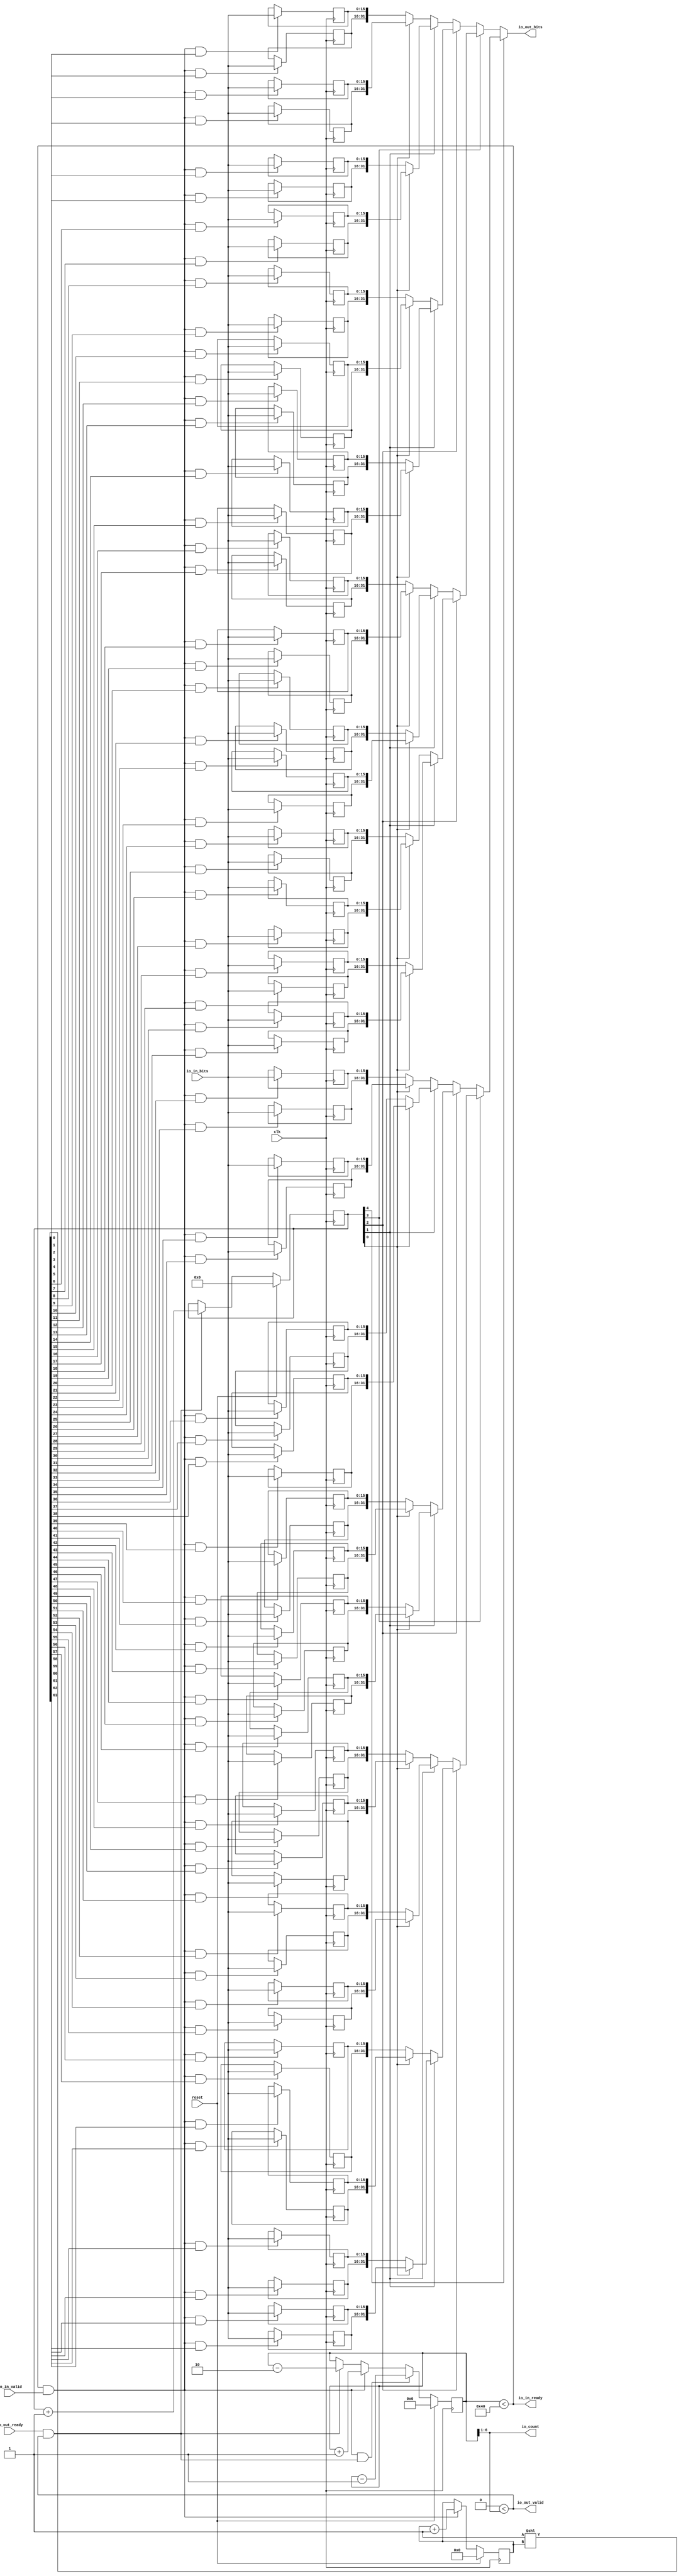
module MultiWidthFifo_0(input clk, input reset,
    output io_in_ready,
    input  io_in_valid,
    input [15:0] io_in_bits,
    input  io_out_ready,
    output io_out_valid,
    output[31:0] io_out_bits,
    output[5:0] io_count
);

  wire[5:0] T0;
  reg [6:0] R1;
  wire[6:0] T376;
  wire[6:0] T2;
  wire[6:0] T3;
  wire[6:0] T4;
  wire[6:0] T5;
  wire T6;
  wire[6:0] T7;
  wire T8;
  wire[6:0] T9;
  wire T10;
  wire T11;
  wire T12;
  wire[31:0] T13;
  wire[31:0] T14;
  wire[31:0] T15;
  wire[31:0] T16;
  wire[31:0] T17;
  wire[31:0] T18;
  reg [15:0] R19;
  wire[15:0] T20;
  wire T21;
  wire T22;
  wire[63:0] T23;
  wire[5:0] T24;
  reg [5:0] R25;
  wire[5:0] T377;
  wire[5:0] T26;
  wire[5:0] T27;
  wire T28;
  reg [15:0] R29;
  wire[15:0] T30;
  wire T31;
  wire T32;
  wire[31:0] T33;
  reg [15:0] R34;
  wire[15:0] T35;
  wire T36;
  wire T37;
  reg [15:0] R38;
  wire[15:0] T39;
  wire T40;
  wire T41;
  wire T42;
  wire[4:0] T43;
  reg [4:0] R44;
  wire[4:0] T378;
  wire[4:0] T45;
  wire[4:0] T46;
  wire T47;
  wire[31:0] T48;
  wire[31:0] T49;
  reg [15:0] R50;
  wire[15:0] T51;
  wire T52;
  wire T53;
  reg [15:0] R54;
  wire[15:0] T55;
  wire T56;
  wire T57;
  wire[31:0] T58;
  reg [15:0] R59;
  wire[15:0] T60;
  wire T61;
  wire T62;
  reg [15:0] R63;
  wire[15:0] T64;
  wire T65;
  wire T66;
  wire T67;
  wire T68;
  wire[31:0] T69;
  wire[31:0] T70;
  wire[31:0] T71;
  reg [15:0] R72;
  wire[15:0] T73;
  wire T74;
  wire T75;
  reg [15:0] R76;
  wire[15:0] T77;
  wire T78;
  wire T79;
  wire[31:0] T80;
  reg [15:0] R81;
  wire[15:0] T82;
  wire T83;
  wire T84;
  reg [15:0] R85;
  wire[15:0] T86;
  wire T87;
  wire T88;
  wire T89;
  wire[31:0] T90;
  wire[31:0] T91;
  reg [15:0] R92;
  wire[15:0] T93;
  wire T94;
  wire T95;
  reg [15:0] R96;
  wire[15:0] T97;
  wire T98;
  wire T99;
  wire[31:0] T100;
  reg [15:0] R101;
  wire[15:0] T102;
  wire T103;
  wire T104;
  reg [15:0] R105;
  wire[15:0] T106;
  wire T107;
  wire T108;
  wire T109;
  wire T110;
  wire T111;
  wire[31:0] T112;
  wire[31:0] T113;
  wire[31:0] T114;
  wire[31:0] T115;
  reg [15:0] R116;
  wire[15:0] T117;
  wire T118;
  wire T119;
  reg [15:0] R120;
  wire[15:0] T121;
  wire T122;
  wire T123;
  wire[31:0] T124;
  reg [15:0] R125;
  wire[15:0] T126;
  wire T127;
  wire T128;
  reg [15:0] R129;
  wire[15:0] T130;
  wire T131;
  wire T132;
  wire T133;
  wire[31:0] T134;
  wire[31:0] T135;
  reg [15:0] R136;
  wire[15:0] T137;
  wire T138;
  wire T139;
  reg [15:0] R140;
  wire[15:0] T141;
  wire T142;
  wire T143;
  wire[31:0] T144;
  reg [15:0] R145;
  wire[15:0] T146;
  wire T147;
  wire T148;
  reg [15:0] R149;
  wire[15:0] T150;
  wire T151;
  wire T152;
  wire T153;
  wire T154;
  wire[31:0] T155;
  wire[31:0] T156;
  wire[31:0] T157;
  reg [15:0] R158;
  wire[15:0] T159;
  wire T160;
  wire T161;
  reg [15:0] R162;
  wire[15:0] T163;
  wire T164;
  wire T165;
  wire[31:0] T166;
  reg [15:0] R167;
  wire[15:0] T168;
  wire T169;
  wire T170;
  reg [15:0] R171;
  wire[15:0] T172;
  wire T173;
  wire T174;
  wire T175;
  wire[31:0] T176;
  wire[31:0] T177;
  reg [15:0] R178;
  wire[15:0] T179;
  wire T180;
  wire T181;
  reg [15:0] R182;
  wire[15:0] T183;
  wire T184;
  wire T185;
  wire[31:0] T186;
  reg [15:0] R187;
  wire[15:0] T188;
  wire T189;
  wire T190;
  reg [15:0] R191;
  wire[15:0] T192;
  wire T193;
  wire T194;
  wire T195;
  wire T196;
  wire T197;
  wire T198;
  wire[31:0] T199;
  wire[31:0] T200;
  wire[31:0] T201;
  wire[31:0] T202;
  wire[31:0] T203;
  reg [15:0] R204;
  wire[15:0] T205;
  wire T206;
  wire T207;
  reg [15:0] R208;
  wire[15:0] T209;
  wire T210;
  wire T211;
  wire[31:0] T212;
  reg [15:0] R213;
  wire[15:0] T214;
  wire T215;
  wire T216;
  reg [15:0] R217;
  wire[15:0] T218;
  wire T219;
  wire T220;
  wire T221;
  wire[31:0] T222;
  wire[31:0] T223;
  reg [15:0] R224;
  wire[15:0] T225;
  wire T226;
  wire T227;
  reg [15:0] R228;
  wire[15:0] T229;
  wire T230;
  wire T231;
  wire[31:0] T232;
  reg [15:0] R233;
  wire[15:0] T234;
  wire T235;
  wire T236;
  reg [15:0] R237;
  wire[15:0] T238;
  wire T239;
  wire T240;
  wire T241;
  wire T242;
  wire[31:0] T243;
  wire[31:0] T244;
  wire[31:0] T245;
  reg [15:0] R246;
  wire[15:0] T247;
  wire T248;
  wire T249;
  reg [15:0] R250;
  wire[15:0] T251;
  wire T252;
  wire T253;
  wire[31:0] T254;
  reg [15:0] R255;
  wire[15:0] T256;
  wire T257;
  wire T258;
  reg [15:0] R259;
  wire[15:0] T260;
  wire T261;
  wire T262;
  wire T263;
  wire[31:0] T264;
  wire[31:0] T265;
  reg [15:0] R266;
  wire[15:0] T267;
  wire T268;
  wire T269;
  reg [15:0] R270;
  wire[15:0] T271;
  wire T272;
  wire T273;
  wire[31:0] T274;
  reg [15:0] R275;
  wire[15:0] T276;
  wire T277;
  wire T278;
  reg [15:0] R279;
  wire[15:0] T280;
  wire T281;
  wire T282;
  wire T283;
  wire T284;
  wire T285;
  wire[31:0] T286;
  wire[31:0] T287;
  wire[31:0] T288;
  wire[31:0] T289;
  reg [15:0] R290;
  wire[15:0] T291;
  wire T292;
  wire T293;
  reg [15:0] R294;
  wire[15:0] T295;
  wire T296;
  wire T297;
  wire[31:0] T298;
  reg [15:0] R299;
  wire[15:0] T300;
  wire T301;
  wire T302;
  reg [15:0] R303;
  wire[15:0] T304;
  wire T305;
  wire T306;
  wire T307;
  wire[31:0] T308;
  wire[31:0] T309;
  reg [15:0] R310;
  wire[15:0] T311;
  wire T312;
  wire T313;
  reg [15:0] R314;
  wire[15:0] T315;
  wire T316;
  wire T317;
  wire[31:0] T318;
  reg [15:0] R319;
  wire[15:0] T320;
  wire T321;
  wire T322;
  reg [15:0] R323;
  wire[15:0] T324;
  wire T325;
  wire T326;
  wire T327;
  wire T328;
  wire[31:0] T329;
  wire[31:0] T330;
  wire[31:0] T331;
  reg [15:0] R332;
  wire[15:0] T333;
  wire T334;
  wire T335;
  reg [15:0] R336;
  wire[15:0] T337;
  wire T338;
  wire T339;
  wire[31:0] T340;
  reg [15:0] R341;
  wire[15:0] T342;
  wire T343;
  wire T344;
  reg [15:0] R345;
  wire[15:0] T346;
  wire T347;
  wire T348;
  wire T349;
  wire[31:0] T350;
  wire[31:0] T351;
  reg [15:0] R352;
  wire[15:0] T353;
  wire T354;
  wire T355;
  reg [15:0] R356;
  wire[15:0] T357;
  wire T358;
  wire T359;
  wire[31:0] T360;
  reg [15:0] R361;
  wire[15:0] T362;
  wire T363;
  wire T364;
  reg [15:0] R365;
  wire[15:0] T366;
  wire T367;
  wire T368;
  wire T369;
  wire T370;
  wire T371;
  wire T372;
  wire T373;
  wire T374;
  wire T375;

`ifndef SYNTHESIS
// synthesis translate_off
  integer initvar;
  initial begin
    #0.002;
    R1 = {1{$random}};
    R19 = {1{$random}};
    R25 = {1{$random}};
    R29 = {1{$random}};
    R34 = {1{$random}};
    R38 = {1{$random}};
    R44 = {1{$random}};
    R50 = {1{$random}};
    R54 = {1{$random}};
    R59 = {1{$random}};
    R63 = {1{$random}};
    R72 = {1{$random}};
    R76 = {1{$random}};
    R81 = {1{$random}};
    R85 = {1{$random}};
    R92 = {1{$random}};
    R96 = {1{$random}};
    R101 = {1{$random}};
    R105 = {1{$random}};
    R116 = {1{$random}};
    R120 = {1{$random}};
    R125 = {1{$random}};
    R129 = {1{$random}};
    R136 = {1{$random}};
    R140 = {1{$random}};
    R145 = {1{$random}};
    R149 = {1{$random}};
    R158 = {1{$random}};
    R162 = {1{$random}};
    R167 = {1{$random}};
    R171 = {1{$random}};
    R178 = {1{$random}};
    R182 = {1{$random}};
    R187 = {1{$random}};
    R191 = {1{$random}};
    R204 = {1{$random}};
    R208 = {1{$random}};
    R213 = {1{$random}};
    R217 = {1{$random}};
    R224 = {1{$random}};
    R228 = {1{$random}};
    R233 = {1{$random}};
    R237 = {1{$random}};
    R246 = {1{$random}};
    R250 = {1{$random}};
    R255 = {1{$random}};
    R259 = {1{$random}};
    R266 = {1{$random}};
    R270 = {1{$random}};
    R275 = {1{$random}};
    R279 = {1{$random}};
    R290 = {1{$random}};
    R294 = {1{$random}};
    R299 = {1{$random}};
    R303 = {1{$random}};
    R310 = {1{$random}};
    R314 = {1{$random}};
    R319 = {1{$random}};
    R323 = {1{$random}};
    R332 = {1{$random}};
    R336 = {1{$random}};
    R341 = {1{$random}};
    R345 = {1{$random}};
    R352 = {1{$random}};
    R356 = {1{$random}};
    R361 = {1{$random}};
    R365 = {1{$random}};
  end
// synthesis translate_on
`endif

  assign io_count = T0;
  assign T0 = R1 >> 1'h1;
  assign T376 = reset ? 7'h0 : T2;
  assign T2 = T10 ? T9 : T3;
  assign T3 = T8 ? T7 : T4;
  assign T4 = T6 ? T5 : R1;
  assign T5 = R1 - 7'h2;
  assign T6 = io_out_ready & io_out_valid;
  assign T7 = R1 + 7'h1;
  assign T8 = io_in_ready & io_in_valid;
  assign T9 = R1 - 7'h1;
  assign T10 = T12 & T11;
  assign T11 = io_out_ready & io_out_valid;
  assign T12 = io_in_ready & io_in_valid;
  assign io_out_bits = T13;
  assign T13 = T373 ? T199 : T14;
  assign T14 = T198 ? T112 : T15;
  assign T15 = T111 ? T69 : T16;
  assign T16 = T68 ? T48 : T17;
  assign T17 = T42 ? T33 : T18;
  assign T18 = {R29, R19};
  assign T20 = T21 ? io_in_bits : R19;
  assign T21 = T28 & T22;
  assign T22 = T23[1'h0];
  assign T23 = 1'h1 << T24;
  assign T24 = R25;
  assign T377 = reset ? 6'h0 : T26;
  assign T26 = T28 ? T27 : R25;
  assign T27 = R25 + 6'h1;
  assign T28 = io_in_ready & io_in_valid;
  assign T30 = T31 ? io_in_bits : R29;
  assign T31 = T28 & T32;
  assign T32 = T23[1'h1];
  assign T33 = {R38, R34};
  assign T35 = T36 ? io_in_bits : R34;
  assign T36 = T28 & T37;
  assign T37 = T23[2'h2];
  assign T39 = T40 ? io_in_bits : R38;
  assign T40 = T28 & T41;
  assign T41 = T23[2'h3];
  assign T42 = T43[1'h0];
  assign T43 = R44;
  assign T378 = reset ? 5'h0 : T45;
  assign T45 = T47 ? T46 : R44;
  assign T46 = R44 + 5'h1;
  assign T47 = io_out_ready & io_out_valid;
  assign T48 = T67 ? T58 : T49;
  assign T49 = {R54, R50};
  assign T51 = T52 ? io_in_bits : R50;
  assign T52 = T28 & T53;
  assign T53 = T23[3'h4];
  assign T55 = T56 ? io_in_bits : R54;
  assign T56 = T28 & T57;
  assign T57 = T23[3'h5];
  assign T58 = {R63, R59};
  assign T60 = T61 ? io_in_bits : R59;
  assign T61 = T28 & T62;
  assign T62 = T23[3'h6];
  assign T64 = T65 ? io_in_bits : R63;
  assign T65 = T28 & T66;
  assign T66 = T23[3'h7];
  assign T67 = T43[1'h0];
  assign T68 = T43[1'h1];
  assign T69 = T110 ? T90 : T70;
  assign T70 = T89 ? T80 : T71;
  assign T71 = {R76, R72};
  assign T73 = T74 ? io_in_bits : R72;
  assign T74 = T28 & T75;
  assign T75 = T23[4'h8];
  assign T77 = T78 ? io_in_bits : R76;
  assign T78 = T28 & T79;
  assign T79 = T23[4'h9];
  assign T80 = {R85, R81};
  assign T82 = T83 ? io_in_bits : R81;
  assign T83 = T28 & T84;
  assign T84 = T23[4'ha];
  assign T86 = T87 ? io_in_bits : R85;
  assign T87 = T28 & T88;
  assign T88 = T23[4'hb];
  assign T89 = T43[1'h0];
  assign T90 = T109 ? T100 : T91;
  assign T91 = {R96, R92};
  assign T93 = T94 ? io_in_bits : R92;
  assign T94 = T28 & T95;
  assign T95 = T23[4'hc];
  assign T97 = T98 ? io_in_bits : R96;
  assign T98 = T28 & T99;
  assign T99 = T23[4'hd];
  assign T100 = {R105, R101};
  assign T102 = T103 ? io_in_bits : R101;
  assign T103 = T28 & T104;
  assign T104 = T23[4'he];
  assign T106 = T107 ? io_in_bits : R105;
  assign T107 = T28 & T108;
  assign T108 = T23[4'hf];
  assign T109 = T43[1'h0];
  assign T110 = T43[1'h1];
  assign T111 = T43[2'h2];
  assign T112 = T197 ? T155 : T113;
  assign T113 = T154 ? T134 : T114;
  assign T114 = T133 ? T124 : T115;
  assign T115 = {R120, R116};
  assign T117 = T118 ? io_in_bits : R116;
  assign T118 = T28 & T119;
  assign T119 = T23[5'h10];
  assign T121 = T122 ? io_in_bits : R120;
  assign T122 = T28 & T123;
  assign T123 = T23[5'h11];
  assign T124 = {R129, R125};
  assign T126 = T127 ? io_in_bits : R125;
  assign T127 = T28 & T128;
  assign T128 = T23[5'h12];
  assign T130 = T131 ? io_in_bits : R129;
  assign T131 = T28 & T132;
  assign T132 = T23[5'h13];
  assign T133 = T43[1'h0];
  assign T134 = T153 ? T144 : T135;
  assign T135 = {R140, R136};
  assign T137 = T138 ? io_in_bits : R136;
  assign T138 = T28 & T139;
  assign T139 = T23[5'h14];
  assign T141 = T142 ? io_in_bits : R140;
  assign T142 = T28 & T143;
  assign T143 = T23[5'h15];
  assign T144 = {R149, R145};
  assign T146 = T147 ? io_in_bits : R145;
  assign T147 = T28 & T148;
  assign T148 = T23[5'h16];
  assign T150 = T151 ? io_in_bits : R149;
  assign T151 = T28 & T152;
  assign T152 = T23[5'h17];
  assign T153 = T43[1'h0];
  assign T154 = T43[1'h1];
  assign T155 = T196 ? T176 : T156;
  assign T156 = T175 ? T166 : T157;
  assign T157 = {R162, R158};
  assign T159 = T160 ? io_in_bits : R158;
  assign T160 = T28 & T161;
  assign T161 = T23[5'h18];
  assign T163 = T164 ? io_in_bits : R162;
  assign T164 = T28 & T165;
  assign T165 = T23[5'h19];
  assign T166 = {R171, R167};
  assign T168 = T169 ? io_in_bits : R167;
  assign T169 = T28 & T170;
  assign T170 = T23[5'h1a];
  assign T172 = T173 ? io_in_bits : R171;
  assign T173 = T28 & T174;
  assign T174 = T23[5'h1b];
  assign T175 = T43[1'h0];
  assign T176 = T195 ? T186 : T177;
  assign T177 = {R182, R178};
  assign T179 = T180 ? io_in_bits : R178;
  assign T180 = T28 & T181;
  assign T181 = T23[5'h1c];
  assign T183 = T184 ? io_in_bits : R182;
  assign T184 = T28 & T185;
  assign T185 = T23[5'h1d];
  assign T186 = {R191, R187};
  assign T188 = T189 ? io_in_bits : R187;
  assign T189 = T28 & T190;
  assign T190 = T23[5'h1e];
  assign T192 = T193 ? io_in_bits : R191;
  assign T193 = T28 & T194;
  assign T194 = T23[5'h1f];
  assign T195 = T43[1'h0];
  assign T196 = T43[1'h1];
  assign T197 = T43[2'h2];
  assign T198 = T43[2'h3];
  assign T199 = T372 ? T286 : T200;
  assign T200 = T285 ? T243 : T201;
  assign T201 = T242 ? T222 : T202;
  assign T202 = T221 ? T212 : T203;
  assign T203 = {R208, R204};
  assign T205 = T206 ? io_in_bits : R204;
  assign T206 = T28 & T207;
  assign T207 = T23[6'h20];
  assign T209 = T210 ? io_in_bits : R208;
  assign T210 = T28 & T211;
  assign T211 = T23[6'h21];
  assign T212 = {R217, R213};
  assign T214 = T215 ? io_in_bits : R213;
  assign T215 = T28 & T216;
  assign T216 = T23[6'h22];
  assign T218 = T219 ? io_in_bits : R217;
  assign T219 = T28 & T220;
  assign T220 = T23[6'h23];
  assign T221 = T43[1'h0];
  assign T222 = T241 ? T232 : T223;
  assign T223 = {R228, R224};
  assign T225 = T226 ? io_in_bits : R224;
  assign T226 = T28 & T227;
  assign T227 = T23[6'h24];
  assign T229 = T230 ? io_in_bits : R228;
  assign T230 = T28 & T231;
  assign T231 = T23[6'h25];
  assign T232 = {R237, R233};
  assign T234 = T235 ? io_in_bits : R233;
  assign T235 = T28 & T236;
  assign T236 = T23[6'h26];
  assign T238 = T239 ? io_in_bits : R237;
  assign T239 = T28 & T240;
  assign T240 = T23[6'h27];
  assign T241 = T43[1'h0];
  assign T242 = T43[1'h1];
  assign T243 = T284 ? T264 : T244;
  assign T244 = T263 ? T254 : T245;
  assign T245 = {R250, R246};
  assign T247 = T248 ? io_in_bits : R246;
  assign T248 = T28 & T249;
  assign T249 = T23[6'h28];
  assign T251 = T252 ? io_in_bits : R250;
  assign T252 = T28 & T253;
  assign T253 = T23[6'h29];
  assign T254 = {R259, R255};
  assign T256 = T257 ? io_in_bits : R255;
  assign T257 = T28 & T258;
  assign T258 = T23[6'h2a];
  assign T260 = T261 ? io_in_bits : R259;
  assign T261 = T28 & T262;
  assign T262 = T23[6'h2b];
  assign T263 = T43[1'h0];
  assign T264 = T283 ? T274 : T265;
  assign T265 = {R270, R266};
  assign T267 = T268 ? io_in_bits : R266;
  assign T268 = T28 & T269;
  assign T269 = T23[6'h2c];
  assign T271 = T272 ? io_in_bits : R270;
  assign T272 = T28 & T273;
  assign T273 = T23[6'h2d];
  assign T274 = {R279, R275};
  assign T276 = T277 ? io_in_bits : R275;
  assign T277 = T28 & T278;
  assign T278 = T23[6'h2e];
  assign T280 = T281 ? io_in_bits : R279;
  assign T281 = T28 & T282;
  assign T282 = T23[6'h2f];
  assign T283 = T43[1'h0];
  assign T284 = T43[1'h1];
  assign T285 = T43[2'h2];
  assign T286 = T371 ? T329 : T287;
  assign T287 = T328 ? T308 : T288;
  assign T288 = T307 ? T298 : T289;
  assign T289 = {R294, R290};
  assign T291 = T292 ? io_in_bits : R290;
  assign T292 = T28 & T293;
  assign T293 = T23[6'h30];
  assign T295 = T296 ? io_in_bits : R294;
  assign T296 = T28 & T297;
  assign T297 = T23[6'h31];
  assign T298 = {R303, R299};
  assign T300 = T301 ? io_in_bits : R299;
  assign T301 = T28 & T302;
  assign T302 = T23[6'h32];
  assign T304 = T305 ? io_in_bits : R303;
  assign T305 = T28 & T306;
  assign T306 = T23[6'h33];
  assign T307 = T43[1'h0];
  assign T308 = T327 ? T318 : T309;
  assign T309 = {R314, R310};
  assign T311 = T312 ? io_in_bits : R310;
  assign T312 = T28 & T313;
  assign T313 = T23[6'h34];
  assign T315 = T316 ? io_in_bits : R314;
  assign T316 = T28 & T317;
  assign T317 = T23[6'h35];
  assign T318 = {R323, R319};
  assign T320 = T321 ? io_in_bits : R319;
  assign T321 = T28 & T322;
  assign T322 = T23[6'h36];
  assign T324 = T325 ? io_in_bits : R323;
  assign T325 = T28 & T326;
  assign T326 = T23[6'h37];
  assign T327 = T43[1'h0];
  assign T328 = T43[1'h1];
  assign T329 = T370 ? T350 : T330;
  assign T330 = T349 ? T340 : T331;
  assign T331 = {R336, R332};
  assign T333 = T334 ? io_in_bits : R332;
  assign T334 = T28 & T335;
  assign T335 = T23[6'h38];
  assign T337 = T338 ? io_in_bits : R336;
  assign T338 = T28 & T339;
  assign T339 = T23[6'h39];
  assign T340 = {R345, R341};
  assign T342 = T343 ? io_in_bits : R341;
  assign T343 = T28 & T344;
  assign T344 = T23[6'h3a];
  assign T346 = T347 ? io_in_bits : R345;
  assign T347 = T28 & T348;
  assign T348 = T23[6'h3b];
  assign T349 = T43[1'h0];
  assign T350 = T369 ? T360 : T351;
  assign T351 = {R356, R352};
  assign T353 = T354 ? io_in_bits : R352;
  assign T354 = T28 & T355;
  assign T355 = T23[6'h3c];
  assign T357 = T358 ? io_in_bits : R356;
  assign T358 = T28 & T359;
  assign T359 = T23[6'h3d];
  assign T360 = {R365, R361};
  assign T362 = T363 ? io_in_bits : R361;
  assign T363 = T28 & T364;
  assign T364 = T23[6'h3e];
  assign T366 = T367 ? io_in_bits : R365;
  assign T367 = T28 & T368;
  assign T368 = T23[6'h3f];
  assign T369 = T43[1'h0];
  assign T370 = T43[1'h1];
  assign T371 = T43[2'h2];
  assign T372 = T43[2'h3];
  assign T373 = T43[3'h4];
  assign io_out_valid = T374;
  assign T374 = 6'h0 < io_count;
  assign io_in_ready = T375;
  assign T375 = R1 < 7'h40;

  always @(posedge clk) begin
    if(reset) begin
      R1 <= 7'h0;
    end else if(T10) begin
      R1 <= T9;
    end else if(T8) begin
      R1 <= T7;
    end else if(T6) begin
      R1 <= T5;
    end
    if(T21) begin
      R19 <= io_in_bits;
    end
    if(reset) begin
      R25 <= 6'h0;
    end else if(T28) begin
      R25 <= T27;
    end
    if(T31) begin
      R29 <= io_in_bits;
    end
    if(T36) begin
      R34 <= io_in_bits;
    end
    if(T40) begin
      R38 <= io_in_bits;
    end
    if(reset) begin
      R44 <= 5'h0;
    end else if(T47) begin
      R44 <= T46;
    end
    if(T52) begin
      R50 <= io_in_bits;
    end
    if(T56) begin
      R54 <= io_in_bits;
    end
    if(T61) begin
      R59 <= io_in_bits;
    end
    if(T65) begin
      R63 <= io_in_bits;
    end
    if(T74) begin
      R72 <= io_in_bits;
    end
    if(T78) begin
      R76 <= io_in_bits;
    end
    if(T83) begin
      R81 <= io_in_bits;
    end
    if(T87) begin
      R85 <= io_in_bits;
    end
    if(T94) begin
      R92 <= io_in_bits;
    end
    if(T98) begin
      R96 <= io_in_bits;
    end
    if(T103) begin
      R101 <= io_in_bits;
    end
    if(T107) begin
      R105 <= io_in_bits;
    end
    if(T118) begin
      R116 <= io_in_bits;
    end
    if(T122) begin
      R120 <= io_in_bits;
    end
    if(T127) begin
      R125 <= io_in_bits;
    end
    if(T131) begin
      R129 <= io_in_bits;
    end
    if(T138) begin
      R136 <= io_in_bits;
    end
    if(T142) begin
      R140 <= io_in_bits;
    end
    if(T147) begin
      R145 <= io_in_bits;
    end
    if(T151) begin
      R149 <= io_in_bits;
    end
    if(T160) begin
      R158 <= io_in_bits;
    end
    if(T164) begin
      R162 <= io_in_bits;
    end
    if(T169) begin
      R167 <= io_in_bits;
    end
    if(T173) begin
      R171 <= io_in_bits;
    end
    if(T180) begin
      R178 <= io_in_bits;
    end
    if(T184) begin
      R182 <= io_in_bits;
    end
    if(T189) begin
      R187 <= io_in_bits;
    end
    if(T193) begin
      R191 <= io_in_bits;
    end
    if(T206) begin
      R204 <= io_in_bits;
    end
    if(T210) begin
      R208 <= io_in_bits;
    end
    if(T215) begin
      R213 <= io_in_bits;
    end
    if(T219) begin
      R217 <= io_in_bits;
    end
    if(T226) begin
      R224 <= io_in_bits;
    end
    if(T230) begin
      R228 <= io_in_bits;
    end
    if(T235) begin
      R233 <= io_in_bits;
    end
    if(T239) begin
      R237 <= io_in_bits;
    end
    if(T248) begin
      R246 <= io_in_bits;
    end
    if(T252) begin
      R250 <= io_in_bits;
    end
    if(T257) begin
      R255 <= io_in_bits;
    end
    if(T261) begin
      R259 <= io_in_bits;
    end
    if(T268) begin
      R266 <= io_in_bits;
    end
    if(T272) begin
      R270 <= io_in_bits;
    end
    if(T277) begin
      R275 <= io_in_bits;
    end
    if(T281) begin
      R279 <= io_in_bits;
    end
    if(T292) begin
      R290 <= io_in_bits;
    end
    if(T296) begin
      R294 <= io_in_bits;
    end
    if(T301) begin
      R299 <= io_in_bits;
    end
    if(T305) begin
      R303 <= io_in_bits;
    end
    if(T312) begin
      R310 <= io_in_bits;
    end
    if(T316) begin
      R314 <= io_in_bits;
    end
    if(T321) begin
      R319 <= io_in_bits;
    end
    if(T325) begin
      R323 <= io_in_bits;
    end
    if(T334) begin
      R332 <= io_in_bits;
    end
    if(T338) begin
      R336 <= io_in_bits;
    end
    if(T343) begin
      R341 <= io_in_bits;
    end
    if(T347) begin
      R345 <= io_in_bits;
    end
    if(T354) begin
      R352 <= io_in_bits;
    end
    if(T358) begin
      R356 <= io_in_bits;
    end
    if(T363) begin
      R361 <= io_in_bits;
    end
    if(T367) begin
      R365 <= io_in_bits;
    end
  end
endmodule

module MultiWidthFifo_1(input clk, input reset,
    output io_in_ready,
    input  io_in_valid,
    input [31:0] io_in_bits,
    input  io_out_ready,
    output io_out_valid,
    output[15:0] io_out_bits,
    output[5:0] io_count
);

  reg [5:0] R0;
  wire[5:0] T183;
  wire[5:0] T1;
  wire[5:0] T2;
  wire[5:0] T3;
  wire[5:0] T4;
  wire T5;
  wire[5:0] T6;
  wire T7;
  wire[5:0] T8;
  wire T9;
  wire T10;
  wire T11;
  wire[15:0] T12;
  wire[15:0] T13;
  wire[15:0] T14;
  wire[15:0] T15;
  wire[15:0] T16;
  wire[15:0] T17;
  reg [31:0] R18;
  wire[31:0] T19;
  wire T20;
  wire T21;
  wire[15:0] T22;
  wire[3:0] T23;
  reg [3:0] R24;
  wire[3:0] T184;
  wire[3:0] T25;
  wire[3:0] T26;
  wire T27;
  wire[15:0] T28;
  wire T29;
  wire[4:0] T30;
  reg [4:0] R31;
  wire[4:0] T185;
  wire[4:0] T32;
  wire[4:0] T33;
  wire T34;
  wire[15:0] T35;
  wire[15:0] T36;
  reg [31:0] R37;
  wire[31:0] T38;
  wire T39;
  wire T40;
  wire[15:0] T41;
  wire T42;
  wire T43;
  wire[15:0] T44;
  wire[15:0] T45;
  wire[15:0] T46;
  reg [31:0] R47;
  wire[31:0] T48;
  wire T49;
  wire T50;
  wire[15:0] T51;
  wire T52;
  wire[15:0] T53;
  wire[15:0] T54;
  reg [31:0] R55;
  wire[31:0] T56;
  wire T57;
  wire T58;
  wire[15:0] T59;
  wire T60;
  wire T61;
  wire T62;
  wire[15:0] T63;
  wire[15:0] T64;
  wire[15:0] T65;
  wire[15:0] T66;
  reg [31:0] R67;
  wire[31:0] T68;
  wire T69;
  wire T70;
  wire[15:0] T71;
  wire T72;
  wire[15:0] T73;
  wire[15:0] T74;
  reg [31:0] R75;
  wire[31:0] T76;
  wire T77;
  wire T78;
  wire[15:0] T79;
  wire T80;
  wire T81;
  wire[15:0] T82;
  wire[15:0] T83;
  wire[15:0] T84;
  reg [31:0] R85;
  wire[31:0] T86;
  wire T87;
  wire T88;
  wire[15:0] T89;
  wire T90;
  wire[15:0] T91;
  wire[15:0] T92;
  reg [31:0] R93;
  wire[31:0] T94;
  wire T95;
  wire T96;
  wire[15:0] T97;
  wire T98;
  wire T99;
  wire T100;
  wire T101;
  wire[15:0] T102;
  wire[15:0] T103;
  wire[15:0] T104;
  wire[15:0] T105;
  wire[15:0] T106;
  reg [31:0] R107;
  wire[31:0] T108;
  wire T109;
  wire T110;
  wire[15:0] T111;
  wire T112;
  wire[15:0] T113;
  wire[15:0] T114;
  reg [31:0] R115;
  wire[31:0] T116;
  wire T117;
  wire T118;
  wire[15:0] T119;
  wire T120;
  wire T121;
  wire[15:0] T122;
  wire[15:0] T123;
  wire[15:0] T124;
  reg [31:0] R125;
  wire[31:0] T126;
  wire T127;
  wire T128;
  wire[15:0] T129;
  wire T130;
  wire[15:0] T131;
  wire[15:0] T132;
  reg [31:0] R133;
  wire[31:0] T134;
  wire T135;
  wire T136;
  wire[15:0] T137;
  wire T138;
  wire T139;
  wire T140;
  wire[15:0] T141;
  wire[15:0] T142;
  wire[15:0] T143;
  wire[15:0] T144;
  reg [31:0] R145;
  wire[31:0] T146;
  wire T147;
  wire T148;
  wire[15:0] T149;
  wire T150;
  wire[15:0] T151;
  wire[15:0] T152;
  reg [31:0] R153;
  wire[31:0] T154;
  wire T155;
  wire T156;
  wire[15:0] T157;
  wire T158;
  wire T159;
  wire[15:0] T160;
  wire[15:0] T161;
  wire[15:0] T162;
  reg [31:0] R163;
  wire[31:0] T164;
  wire T165;
  wire T166;
  wire[15:0] T167;
  wire T168;
  wire[15:0] T169;
  wire[15:0] T170;
  reg [31:0] R171;
  wire[31:0] T172;
  wire T173;
  wire T174;
  wire[15:0] T175;
  wire T176;
  wire T177;
  wire T178;
  wire T179;
  wire T180;
  wire T181;
  wire T182;

`ifndef SYNTHESIS
// synthesis translate_off
  integer initvar;
  initial begin
    #0.002;
    R0 = {1{$random}};
    R18 = {1{$random}};
    R24 = {1{$random}};
    R31 = {1{$random}};
    R37 = {1{$random}};
    R47 = {1{$random}};
    R55 = {1{$random}};
    R67 = {1{$random}};
    R75 = {1{$random}};
    R85 = {1{$random}};
    R93 = {1{$random}};
    R107 = {1{$random}};
    R115 = {1{$random}};
    R125 = {1{$random}};
    R133 = {1{$random}};
    R145 = {1{$random}};
    R153 = {1{$random}};
    R163 = {1{$random}};
    R171 = {1{$random}};
  end
// synthesis translate_on
`endif

  assign io_count = R0;
  assign T183 = reset ? 6'h0 : T1;
  assign T1 = T9 ? T8 : T2;
  assign T2 = T7 ? T6 : T3;
  assign T3 = T5 ? T4 : R0;
  assign T4 = R0 - 6'h1;
  assign T5 = io_out_ready & io_out_valid;
  assign T6 = R0 + 6'h2;
  assign T7 = io_in_ready & io_in_valid;
  assign T8 = R0 + 6'h1;
  assign T9 = T11 & T10;
  assign T10 = io_out_ready & io_out_valid;
  assign T11 = io_in_ready & io_in_valid;
  assign io_out_bits = T12;
  assign T12 = T180 ? T102 : T13;
  assign T13 = T101 ? T63 : T14;
  assign T14 = T62 ? T44 : T15;
  assign T15 = T43 ? T35 : T16;
  assign T16 = T29 ? T28 : T17;
  assign T17 = R18[4'hf:1'h0];
  assign T19 = T20 ? io_in_bits : R18;
  assign T20 = T27 & T21;
  assign T21 = T22[1'h0];
  assign T22 = 1'h1 << T23;
  assign T23 = R24;
  assign T184 = reset ? 4'h0 : T25;
  assign T25 = T27 ? T26 : R24;
  assign T26 = R24 + 4'h1;
  assign T27 = io_in_ready & io_in_valid;
  assign T28 = R18[5'h1f:5'h10];
  assign T29 = T30[1'h0];
  assign T30 = R31;
  assign T185 = reset ? 5'h0 : T32;
  assign T32 = T34 ? T33 : R31;
  assign T33 = R31 + 5'h1;
  assign T34 = io_out_ready & io_out_valid;
  assign T35 = T42 ? T41 : T36;
  assign T36 = R37[4'hf:1'h0];
  assign T38 = T39 ? io_in_bits : R37;
  assign T39 = T27 & T40;
  assign T40 = T22[1'h1];
  assign T41 = R37[5'h1f:5'h10];
  assign T42 = T30[1'h0];
  assign T43 = T30[1'h1];
  assign T44 = T61 ? T53 : T45;
  assign T45 = T52 ? T51 : T46;
  assign T46 = R47[4'hf:1'h0];
  assign T48 = T49 ? io_in_bits : R47;
  assign T49 = T27 & T50;
  assign T50 = T22[2'h2];
  assign T51 = R47[5'h1f:5'h10];
  assign T52 = T30[1'h0];
  assign T53 = T60 ? T59 : T54;
  assign T54 = R55[4'hf:1'h0];
  assign T56 = T57 ? io_in_bits : R55;
  assign T57 = T27 & T58;
  assign T58 = T22[2'h3];
  assign T59 = R55[5'h1f:5'h10];
  assign T60 = T30[1'h0];
  assign T61 = T30[1'h1];
  assign T62 = T30[2'h2];
  assign T63 = T100 ? T82 : T64;
  assign T64 = T81 ? T73 : T65;
  assign T65 = T72 ? T71 : T66;
  assign T66 = R67[4'hf:1'h0];
  assign T68 = T69 ? io_in_bits : R67;
  assign T69 = T27 & T70;
  assign T70 = T22[3'h4];
  assign T71 = R67[5'h1f:5'h10];
  assign T72 = T30[1'h0];
  assign T73 = T80 ? T79 : T74;
  assign T74 = R75[4'hf:1'h0];
  assign T76 = T77 ? io_in_bits : R75;
  assign T77 = T27 & T78;
  assign T78 = T22[3'h5];
  assign T79 = R75[5'h1f:5'h10];
  assign T80 = T30[1'h0];
  assign T81 = T30[1'h1];
  assign T82 = T99 ? T91 : T83;
  assign T83 = T90 ? T89 : T84;
  assign T84 = R85[4'hf:1'h0];
  assign T86 = T87 ? io_in_bits : R85;
  assign T87 = T27 & T88;
  assign T88 = T22[3'h6];
  assign T89 = R85[5'h1f:5'h10];
  assign T90 = T30[1'h0];
  assign T91 = T98 ? T97 : T92;
  assign T92 = R93[4'hf:1'h0];
  assign T94 = T95 ? io_in_bits : R93;
  assign T95 = T27 & T96;
  assign T96 = T22[3'h7];
  assign T97 = R93[5'h1f:5'h10];
  assign T98 = T30[1'h0];
  assign T99 = T30[1'h1];
  assign T100 = T30[2'h2];
  assign T101 = T30[2'h3];
  assign T102 = T179 ? T141 : T103;
  assign T103 = T140 ? T122 : T104;
  assign T104 = T121 ? T113 : T105;
  assign T105 = T112 ? T111 : T106;
  assign T106 = R107[4'hf:1'h0];
  assign T108 = T109 ? io_in_bits : R107;
  assign T109 = T27 & T110;
  assign T110 = T22[4'h8];
  assign T111 = R107[5'h1f:5'h10];
  assign T112 = T30[1'h0];
  assign T113 = T120 ? T119 : T114;
  assign T114 = R115[4'hf:1'h0];
  assign T116 = T117 ? io_in_bits : R115;
  assign T117 = T27 & T118;
  assign T118 = T22[4'h9];
  assign T119 = R115[5'h1f:5'h10];
  assign T120 = T30[1'h0];
  assign T121 = T30[1'h1];
  assign T122 = T139 ? T131 : T123;
  assign T123 = T130 ? T129 : T124;
  assign T124 = R125[4'hf:1'h0];
  assign T126 = T127 ? io_in_bits : R125;
  assign T127 = T27 & T128;
  assign T128 = T22[4'ha];
  assign T129 = R125[5'h1f:5'h10];
  assign T130 = T30[1'h0];
  assign T131 = T138 ? T137 : T132;
  assign T132 = R133[4'hf:1'h0];
  assign T134 = T135 ? io_in_bits : R133;
  assign T135 = T27 & T136;
  assign T136 = T22[4'hb];
  assign T137 = R133[5'h1f:5'h10];
  assign T138 = T30[1'h0];
  assign T139 = T30[1'h1];
  assign T140 = T30[2'h2];
  assign T141 = T178 ? T160 : T142;
  assign T142 = T159 ? T151 : T143;
  assign T143 = T150 ? T149 : T144;
  assign T144 = R145[4'hf:1'h0];
  assign T146 = T147 ? io_in_bits : R145;
  assign T147 = T27 & T148;
  assign T148 = T22[4'hc];
  assign T149 = R145[5'h1f:5'h10];
  assign T150 = T30[1'h0];
  assign T151 = T158 ? T157 : T152;
  assign T152 = R153[4'hf:1'h0];
  assign T154 = T155 ? io_in_bits : R153;
  assign T155 = T27 & T156;
  assign T156 = T22[4'hd];
  assign T157 = R153[5'h1f:5'h10];
  assign T158 = T30[1'h0];
  assign T159 = T30[1'h1];
  assign T160 = T177 ? T169 : T161;
  assign T161 = T168 ? T167 : T162;
  assign T162 = R163[4'hf:1'h0];
  assign T164 = T165 ? io_in_bits : R163;
  assign T165 = T27 & T166;
  assign T166 = T22[4'he];
  assign T167 = R163[5'h1f:5'h10];
  assign T168 = T30[1'h0];
  assign T169 = T176 ? T175 : T170;
  assign T170 = R171[4'hf:1'h0];
  assign T172 = T173 ? io_in_bits : R171;
  assign T173 = T27 & T174;
  assign T174 = T22[4'hf];
  assign T175 = R171[5'h1f:5'h10];
  assign T176 = T30[1'h0];
  assign T177 = T30[1'h1];
  assign T178 = T30[2'h2];
  assign T179 = T30[2'h3];
  assign T180 = T30[3'h4];
  assign io_out_valid = T181;
  assign T181 = 6'h0 < R0;
  assign io_in_ready = T182;
  assign T182 = R0 < 6'h20;

  always @(posedge clk) begin
    if(reset) begin
      R0 <= 6'h0;
    end else if(T9) begin
      R0 <= T8;
    end else if(T7) begin
      R0 <= T6;
    end else if(T5) begin
      R0 <= T4;
    end
    if(T20) begin
      R18 <= io_in_bits;
    end
    if(reset) begin
      R24 <= 4'h0;
    end else if(T27) begin
      R24 <= T26;
    end
    if(reset) begin
      R31 <= 5'h0;
    end else if(T34) begin
      R31 <= T33;
    end
    if(T39) begin
      R37 <= io_in_bits;
    end
    if(T49) begin
      R47 <= io_in_bits;
    end
    if(T57) begin
      R55 <= io_in_bits;
    end
    if(T69) begin
      R67 <= io_in_bits;
    end
    if(T77) begin
      R75 <= io_in_bits;
    end
    if(T87) begin
      R85 <= io_in_bits;
    end
    if(T95) begin
      R93 <= io_in_bits;
    end
    if(T109) begin
      R107 <= io_in_bits;
    end
    if(T117) begin
      R115 <= io_in_bits;
    end
    if(T127) begin
      R125 <= io_in_bits;
    end
    if(T135) begin
      R133 <= io_in_bits;
    end
    if(T147) begin
      R145 <= io_in_bits;
    end
    if(T155) begin
      R153 <= io_in_bits;
    end
    if(T165) begin
      R163 <= io_in_bits;
    end
    if(T173) begin
      R171 <= io_in_bits;
    end
  end
endmodule

module NastiIOHostIOConverter(input clk, input reset,
    output io_nasti_aw_ready,
    input  io_nasti_aw_valid,
    input [31:0] io_nasti_aw_bits_addr,
    input [7:0] io_nasti_aw_bits_len,
    input [2:0] io_nasti_aw_bits_size,
    input [1:0] io_nasti_aw_bits_burst,
    input  io_nasti_aw_bits_lock,
    input [3:0] io_nasti_aw_bits_cache,
    input [2:0] io_nasti_aw_bits_prot,
    input [3:0] io_nasti_aw_bits_qos,
    input [3:0] io_nasti_aw_bits_region,
    input [11:0] io_nasti_aw_bits_id,
    input  io_nasti_aw_bits_user,
    output io_nasti_w_ready,
    input  io_nasti_w_valid,
    input [31:0] io_nasti_w_bits_data,
    input  io_nasti_w_bits_last,
    input [3:0] io_nasti_w_bits_strb,
    input  io_nasti_w_bits_user,
    input  io_nasti_b_ready,
    output io_nasti_b_valid,
    output[1:0] io_nasti_b_bits_resp,
    output[11:0] io_nasti_b_bits_id,
    output io_nasti_b_bits_user,
    output io_nasti_ar_ready,
    input  io_nasti_ar_valid,
    input [31:0] io_nasti_ar_bits_addr,
    input [7:0] io_nasti_ar_bits_len,
    input [2:0] io_nasti_ar_bits_size,
    input [1:0] io_nasti_ar_bits_burst,
    input  io_nasti_ar_bits_lock,
    input [3:0] io_nasti_ar_bits_cache,
    input [2:0] io_nasti_ar_bits_prot,
    input [3:0] io_nasti_ar_bits_qos,
    input [3:0] io_nasti_ar_bits_region,
    input [11:0] io_nasti_ar_bits_id,
    input  io_nasti_ar_bits_user,
    input  io_nasti_r_ready,
    output io_nasti_r_valid,
    output[1:0] io_nasti_r_bits_resp,
    output[31:0] io_nasti_r_bits_data,
    output io_nasti_r_bits_last,
    output[11:0] io_nasti_r_bits_id,
    output io_nasti_r_bits_user,
    input  io_host_clk,
    input  io_host_clk_edge,
    input  io_host_in_ready,
    output io_host_in_valid,
    output[15:0] io_host_in_bits,
    output io_host_out_ready,
    input  io_host_out_valid,
    input [15:0] io_host_out_bits,
    input  io_host_debug_stats_csr,
    output io_reset
);

  reg  T0;
  wire T1;
  wire T2;
  wire T3;
  wire T4;
  wire T5;
  wire T6;
  reg  T7;
  wire T8;
  wire T9;
  wire T10;
  wire T11;
  wire T12;
  wire T13;
  reg  T14;
  wire T15;
  wire T16;
  wire T17;
  wire T18;
  wire T19;
  reg  fifo_wen;
  wire T76;
  wire T20;
  wire T21;
  wire T22;
  wire T23;
  wire[4:0] waddr;
  wire T24;
  wire T25;
  wire T26;
  wire T27;
  reg  fifo_ren;
  wire T77;
  wire T28;
  wire T29;
  wire T30;
  wire T31;
  wire[4:0] raddr;
  wire T32;
  wire T33;
  wire T34;
  wire T35;
  reg  wr_reset;
  wire T78;
  wire T36;
  wire T37;
  wire T38;
  wire T39;
  wire T40;
  wire T41;
  wire T42;
  wire[11:0] T43;
  reg [11:0] fifo_rd_id;
  wire[11:0] T44;
  wire T45;
  wire T46;
  reg [7:0] fifo_rd_len;
  wire[7:0] T47;
  wire[7:0] T48;
  wire[7:0] T49;
  wire T50;
  wire T51;
  wire[31:0] T52;
  wire[31:0] T53;
  wire[31:0] T79;
  wire[1:0] T54;
  wire T55;
  reg  rd_count;
  wire T80;
  wire T56;
  wire T57;
  wire T58;
  wire T59;
  wire T60;
  wire T61;
  wire T62;
  wire T63;
  wire T64;
  wire[11:0] T65;
  reg [11:0] fifo_wr_id;
  wire[11:0] T66;
  wire[1:0] T67;
  reg  fifo_wr_ack;
  wire T81;
  wire T68;
  wire T69;
  wire T70;
  wire T71;
  wire T72;
  wire T73;
  wire T74;
  wire T75;
  wire hn_fifo_io_in_ready;
  wire hn_fifo_io_out_valid;
  wire[31:0] hn_fifo_io_out_bits;
  wire[5:0] hn_fifo_io_count;
  wire nh_fifo_io_in_ready;
  wire nh_fifo_io_out_valid;
  wire[15:0] nh_fifo_io_out_bits;

`ifndef SYNTHESIS
// synthesis translate_off
  integer initvar;
  initial begin
    #0.002;
    T0 = 1'b0;
    T7 = 1'b0;
    T14 = 1'b0;
    fifo_wen = {1{$random}};
    fifo_ren = {1{$random}};
    wr_reset = {1{$random}};
    fifo_rd_id = {1{$random}};
    fifo_rd_len = {1{$random}};
    rd_count = {1{$random}};
    fifo_wr_id = {1{$random}};
    fifo_wr_ack = {1{$random}};
  end
// synthesis translate_on
`endif

  assign T1 = T2 | reset;
  assign T2 = T4 | T3;
  assign T3 = io_nasti_aw_bits_burst == 2'h0;
  assign T4 = T6 | T5;
  assign T5 = io_nasti_aw_bits_len == 8'h0;
  assign T6 = io_nasti_aw_valid ^ 1'h1;
  assign T8 = T9 | reset;
  assign T9 = T11 | T10;
  assign T10 = io_nasti_ar_bits_burst == 2'h0;
  assign T11 = T13 | T12;
  assign T12 = io_nasti_ar_bits_len == 8'h0;
  assign T13 = io_nasti_ar_valid ^ 1'h1;
  assign T15 = T16 | reset;
  assign T16 = T18 | T17;
  assign T17 = io_nasti_w_bits_strb == 4'hf;
  assign T18 = io_nasti_w_valid ^ 1'h1;
  assign T19 = fifo_wen & io_nasti_w_valid;
  assign T76 = reset ? 1'h0 : T20;
  assign T20 = T25 ? 1'h0 : T21;
  assign T21 = T22 ? 1'h1 : fifo_wen;
  assign T22 = T24 & T23;
  assign T23 = waddr == 5'h0;
  assign waddr = io_nasti_aw_bits_addr[3'h6:2'h2];
  assign T24 = io_nasti_aw_ready & io_nasti_aw_valid;
  assign T25 = T26 & io_nasti_w_bits_last;
  assign T26 = io_nasti_w_ready & io_nasti_w_valid;
  assign T27 = fifo_ren & io_nasti_r_ready;
  assign T77 = reset ? 1'h0 : T28;
  assign T28 = T33 ? 1'h0 : T29;
  assign T29 = T30 ? 1'h1 : fifo_ren;
  assign T30 = T32 & T31;
  assign T31 = raddr == 5'h1;
  assign raddr = io_nasti_ar_bits_addr[3'h6:2'h2];
  assign T32 = io_nasti_ar_ready & io_nasti_ar_valid;
  assign T33 = T34 & io_nasti_r_bits_last;
  assign T34 = io_nasti_r_ready & io_nasti_r_valid;
  assign io_reset = T35;
  assign T35 = io_nasti_w_valid & wr_reset;
  assign T78 = reset ? 1'h0 : T36;
  assign T36 = T25 ? 1'h0 : T37;
  assign T37 = T38 ? 1'h1 : wr_reset;
  assign T38 = T24 & T39;
  assign T39 = T41 & T40;
  assign T40 = waddr == 5'h1f;
  assign T41 = T23 ^ 1'h1;
  assign io_host_out_ready = hn_fifo_io_in_ready;
  assign io_host_in_bits = nh_fifo_io_out_bits;
  assign io_host_in_valid = nh_fifo_io_out_valid;
  assign io_nasti_r_bits_user = T42;
  assign T42 = 1'h0;
  assign io_nasti_r_bits_id = T43;
  assign T43 = fifo_rd_id;
  assign T44 = T32 ? io_nasti_ar_bits_id : fifo_rd_id;
  assign io_nasti_r_bits_last = T45;
  assign T45 = T46;
  assign T46 = fifo_rd_len == 8'h0;
  assign T47 = T50 ? T49 : T48;
  assign T48 = T32 ? io_nasti_ar_bits_len : fifo_rd_len;
  assign T49 = fifo_rd_len - 8'h1;
  assign T50 = T34 & T51;
  assign T51 = io_nasti_r_bits_last ^ 1'h1;
  assign io_nasti_r_bits_data = T52;
  assign T52 = T53;
  assign T53 = fifo_ren ? hn_fifo_io_out_bits : T79;
  assign T79 = {26'h0, hn_fifo_io_count};
  assign io_nasti_r_bits_resp = T54;
  assign T54 = 2'h0;
  assign io_nasti_r_valid = T55;
  assign T55 = T62 | rd_count;
  assign T80 = reset ? 1'h0 : T56;
  assign T56 = T33 ? 1'h0 : T57;
  assign T57 = T58 ? 1'h1 : rd_count;
  assign T58 = T32 & T59;
  assign T59 = T61 & T60;
  assign T60 = raddr == 5'h0;
  assign T61 = T31 ^ 1'h1;
  assign T62 = fifo_ren & hn_fifo_io_out_valid;
  assign io_nasti_ar_ready = T63;
  assign T63 = fifo_ren ^ 1'h1;
  assign io_nasti_b_bits_user = T64;
  assign T64 = 1'h0;
  assign io_nasti_b_bits_id = T65;
  assign T65 = fifo_wr_id;
  assign T66 = T24 ? io_nasti_aw_bits_id : fifo_wr_id;
  assign io_nasti_b_bits_resp = T67;
  assign T67 = 2'h0;
  assign io_nasti_b_valid = fifo_wr_ack;
  assign T81 = reset ? 1'h0 : T68;
  assign T68 = T70 ? 1'h0 : T69;
  assign T69 = T25 ? 1'h1 : fifo_wr_ack;
  assign T70 = io_nasti_b_ready & io_nasti_b_valid;
  assign io_nasti_w_ready = T71;
  assign T71 = T72 | wr_reset;
  assign T72 = fifo_wen & nh_fifo_io_in_ready;
  assign io_nasti_aw_ready = T73;
  assign T73 = T75 & T74;
  assign T74 = fifo_wr_ack ^ 1'h1;
  assign T75 = fifo_wen ^ 1'h1;
  MultiWidthFifo_0 hn_fifo(.clk(clk), .reset(reset),
       .io_in_ready( hn_fifo_io_in_ready ),
       .io_in_valid( io_host_out_valid ),
       .io_in_bits( io_host_out_bits ),
       .io_out_ready( T27 ),
       .io_out_valid( hn_fifo_io_out_valid ),
       .io_out_bits( hn_fifo_io_out_bits ),
       .io_count( hn_fifo_io_count )
  );
  MultiWidthFifo_1 nh_fifo(.clk(clk), .reset(reset),
       .io_in_ready( nh_fifo_io_in_ready ),
       .io_in_valid( T19 ),
       .io_in_bits( io_nasti_w_bits_data ),
       .io_out_ready( io_host_in_ready ),
       .io_out_valid( nh_fifo_io_out_valid ),
       .io_out_bits( nh_fifo_io_out_bits )
       //.io_count(  )
  );

  always @(posedge clk) begin
`ifndef SYNTHESIS
// synthesis translate_off
  if(reset) T14 <= 1'b1;
  if(!T15 && T14 && !reset) begin
    $fwrite(32'h80000002, "ASSERTION FAILED: %s\n", "Nasti to HostIO converter cannot take partial writes");
    $finish;
  end
// synthesis translate_on
`endif
`ifndef SYNTHESIS
// synthesis translate_off
  if(reset) T7 <= 1'b1;
  if(!T8 && T7 && !reset) begin
    $fwrite(32'h80000002, "ASSERTION FAILED: %s\n", "Nasti to HostIO converter can only take fixed bursts");
    $finish;
  end
// synthesis translate_on
`endif
`ifndef SYNTHESIS
// synthesis translate_off
  if(reset) T0 <= 1'b1;
  if(!T1 && T0 && !reset) begin
    $fwrite(32'h80000002, "ASSERTION FAILED: %s\n", "Nasti to HostIO converter can only take fixed bursts");
    $finish;
  end
// synthesis translate_on
`endif
    if(reset) begin
      fifo_wen <= 1'h0;
    end else if(T25) begin
      fifo_wen <= 1'h0;
    end else if(T22) begin
      fifo_wen <= 1'h1;
    end
    if(reset) begin
      fifo_ren <= 1'h0;
    end else if(T33) begin
      fifo_ren <= 1'h0;
    end else if(T30) begin
      fifo_ren <= 1'h1;
    end
    if(reset) begin
      wr_reset <= 1'h0;
    end else if(T25) begin
      wr_reset <= 1'h0;
    end else if(T38) begin
      wr_reset <= 1'h1;
    end
    if(T32) begin
      fifo_rd_id <= io_nasti_ar_bits_id;
    end
    if(T50) begin
      fifo_rd_len <= T49;
    end else if(T32) begin
      fifo_rd_len <= io_nasti_ar_bits_len;
    end
    if(reset) begin
      rd_count <= 1'h0;
    end else if(T33) begin
      rd_count <= 1'h0;
    end else if(T58) begin
      rd_count <= 1'h1;
    end
    if(T24) begin
      fifo_wr_id <= io_nasti_aw_bits_id;
    end
    if(reset) begin
      fifo_wr_ack <= 1'h0;
    end else if(T70) begin
      fifo_wr_ack <= 1'h0;
    end else if(T25) begin
      fifo_wr_ack <= 1'h1;
    end
  end
endmodule

module ZynqAdapter(input clk, input reset,
    output io_nasti_aw_ready,
    input  io_nasti_aw_valid,
    input [31:0] io_nasti_aw_bits_addr,
    input [7:0] io_nasti_aw_bits_len,
    input [2:0] io_nasti_aw_bits_size,
    input [1:0] io_nasti_aw_bits_burst,
    input  io_nasti_aw_bits_lock,
    input [3:0] io_nasti_aw_bits_cache,
    input [2:0] io_nasti_aw_bits_prot,
    input [3:0] io_nasti_aw_bits_qos,
    input [3:0] io_nasti_aw_bits_region,
    input [11:0] io_nasti_aw_bits_id,
    input  io_nasti_aw_bits_user,
    output io_nasti_w_ready,
    input  io_nasti_w_valid,
    input [31:0] io_nasti_w_bits_data,
    input  io_nasti_w_bits_last,
    input [3:0] io_nasti_w_bits_strb,
    input  io_nasti_w_bits_user,
    input  io_nasti_b_ready,
    output io_nasti_b_valid,
    output[1:0] io_nasti_b_bits_resp,
    output[11:0] io_nasti_b_bits_id,
    output io_nasti_b_bits_user,
    output io_nasti_ar_ready,
    input  io_nasti_ar_valid,
    input [31:0] io_nasti_ar_bits_addr,
    input [7:0] io_nasti_ar_bits_len,
    input [2:0] io_nasti_ar_bits_size,
    input [1:0] io_nasti_ar_bits_burst,
    input  io_nasti_ar_bits_lock,
    input [3:0] io_nasti_ar_bits_cache,
    input [2:0] io_nasti_ar_bits_prot,
    input [3:0] io_nasti_ar_bits_qos,
    input [3:0] io_nasti_ar_bits_region,
    input [11:0] io_nasti_ar_bits_id,
    input  io_nasti_ar_bits_user,
    input  io_nasti_r_ready,
    output io_nasti_r_valid,
    output[1:0] io_nasti_r_bits_resp,
    output[31:0] io_nasti_r_bits_data,
    output io_nasti_r_bits_last,
    output[11:0] io_nasti_r_bits_id,
    output io_nasti_r_bits_user,
    input  io_host_clk,
    input  io_host_clk_edge,
    input  io_host_in_ready,
    output io_host_in_valid,
    output[15:0] io_host_in_bits,
    output io_host_out_ready,
    input  io_host_out_valid,
    input [15:0] io_host_out_bits,
    input  io_host_debug_stats_csr,
    output io_reset
);

  wire conv_io_nasti_aw_ready;
  wire conv_io_nasti_w_ready;
  wire conv_io_nasti_b_valid;
  wire[1:0] conv_io_nasti_b_bits_resp;
  wire[11:0] conv_io_nasti_b_bits_id;
  wire conv_io_nasti_b_bits_user;
  wire conv_io_nasti_ar_ready;
  wire conv_io_nasti_r_valid;
  wire[1:0] conv_io_nasti_r_bits_resp;
  wire[31:0] conv_io_nasti_r_bits_data;
  wire conv_io_nasti_r_bits_last;
  wire[11:0] conv_io_nasti_r_bits_id;
  wire conv_io_nasti_r_bits_user;
  wire conv_io_host_in_valid;
  wire[15:0] conv_io_host_in_bits;
  wire conv_io_host_out_ready;
  wire conv_io_reset;


  assign io_reset = conv_io_reset;
  assign io_host_out_ready = conv_io_host_out_ready;
  assign io_host_in_bits = conv_io_host_in_bits;
  assign io_host_in_valid = conv_io_host_in_valid;
  assign io_nasti_r_bits_user = conv_io_nasti_r_bits_user;
  assign io_nasti_r_bits_id = conv_io_nasti_r_bits_id;
  assign io_nasti_r_bits_last = conv_io_nasti_r_bits_last;
  assign io_nasti_r_bits_data = conv_io_nasti_r_bits_data;
  assign io_nasti_r_bits_resp = conv_io_nasti_r_bits_resp;
  assign io_nasti_r_valid = conv_io_nasti_r_valid;
  assign io_nasti_ar_ready = conv_io_nasti_ar_ready;
  assign io_nasti_b_bits_user = conv_io_nasti_b_bits_user;
  assign io_nasti_b_bits_id = conv_io_nasti_b_bits_id;
  assign io_nasti_b_bits_resp = conv_io_nasti_b_bits_resp;
  assign io_nasti_b_valid = conv_io_nasti_b_valid;
  assign io_nasti_w_ready = conv_io_nasti_w_ready;
  assign io_nasti_aw_ready = conv_io_nasti_aw_ready;
  NastiIOHostIOConverter conv(.clk(clk), .reset(reset),
       .io_nasti_aw_ready( conv_io_nasti_aw_ready ),
       .io_nasti_aw_valid( io_nasti_aw_valid ),
       .io_nasti_aw_bits_addr( io_nasti_aw_bits_addr ),
       .io_nasti_aw_bits_len( io_nasti_aw_bits_len ),
       .io_nasti_aw_bits_size( io_nasti_aw_bits_size ),
       .io_nasti_aw_bits_burst( io_nasti_aw_bits_burst ),
       .io_nasti_aw_bits_lock( io_nasti_aw_bits_lock ),
       .io_nasti_aw_bits_cache( io_nasti_aw_bits_cache ),
       .io_nasti_aw_bits_prot( io_nasti_aw_bits_prot ),
       .io_nasti_aw_bits_qos( io_nasti_aw_bits_qos ),
       .io_nasti_aw_bits_region( io_nasti_aw_bits_region ),
       .io_nasti_aw_bits_id( io_nasti_aw_bits_id ),
       .io_nasti_aw_bits_user( io_nasti_aw_bits_user ),
       .io_nasti_w_ready( conv_io_nasti_w_ready ),
       .io_nasti_w_valid( io_nasti_w_valid ),
       .io_nasti_w_bits_data( io_nasti_w_bits_data ),
       .io_nasti_w_bits_last( io_nasti_w_bits_last ),
       .io_nasti_w_bits_strb( io_nasti_w_bits_strb ),
       .io_nasti_w_bits_user( io_nasti_w_bits_user ),
       .io_nasti_b_ready( io_nasti_b_ready ),
       .io_nasti_b_valid( conv_io_nasti_b_valid ),
       .io_nasti_b_bits_resp( conv_io_nasti_b_bits_resp ),
       .io_nasti_b_bits_id( conv_io_nasti_b_bits_id ),
       .io_nasti_b_bits_user( conv_io_nasti_b_bits_user ),
       .io_nasti_ar_ready( conv_io_nasti_ar_ready ),
       .io_nasti_ar_valid( io_nasti_ar_valid ),
       .io_nasti_ar_bits_addr( io_nasti_ar_bits_addr ),
       .io_nasti_ar_bits_len( io_nasti_ar_bits_len ),
       .io_nasti_ar_bits_size( io_nasti_ar_bits_size ),
       .io_nasti_ar_bits_burst( io_nasti_ar_bits_burst ),
       .io_nasti_ar_bits_lock( io_nasti_ar_bits_lock ),
       .io_nasti_ar_bits_cache( io_nasti_ar_bits_cache ),
       .io_nasti_ar_bits_prot( io_nasti_ar_bits_prot ),
       .io_nasti_ar_bits_qos( io_nasti_ar_bits_qos ),
       .io_nasti_ar_bits_region( io_nasti_ar_bits_region ),
       .io_nasti_ar_bits_id( io_nasti_ar_bits_id ),
       .io_nasti_ar_bits_user( io_nasti_ar_bits_user ),
       .io_nasti_r_ready( io_nasti_r_ready ),
       .io_nasti_r_valid( conv_io_nasti_r_valid ),
       .io_nasti_r_bits_resp( conv_io_nasti_r_bits_resp ),
       .io_nasti_r_bits_data( conv_io_nasti_r_bits_data ),
       .io_nasti_r_bits_last( conv_io_nasti_r_bits_last ),
       .io_nasti_r_bits_id( conv_io_nasti_r_bits_id ),
       .io_nasti_r_bits_user( conv_io_nasti_r_bits_user ),
       .io_host_clk( io_host_clk ),
       .io_host_clk_edge( io_host_clk_edge ),
       .io_host_in_ready( io_host_in_ready ),
       .io_host_in_valid( conv_io_host_in_valid ),
       .io_host_in_bits( conv_io_host_in_bits ),
       .io_host_out_ready( conv_io_host_out_ready ),
       .io_host_out_valid( io_host_out_valid ),
       .io_host_out_bits( io_host_out_bits ),
       .io_host_debug_stats_csr( io_host_debug_stats_csr ),
       .io_reset( conv_io_reset )
  );
endmodule